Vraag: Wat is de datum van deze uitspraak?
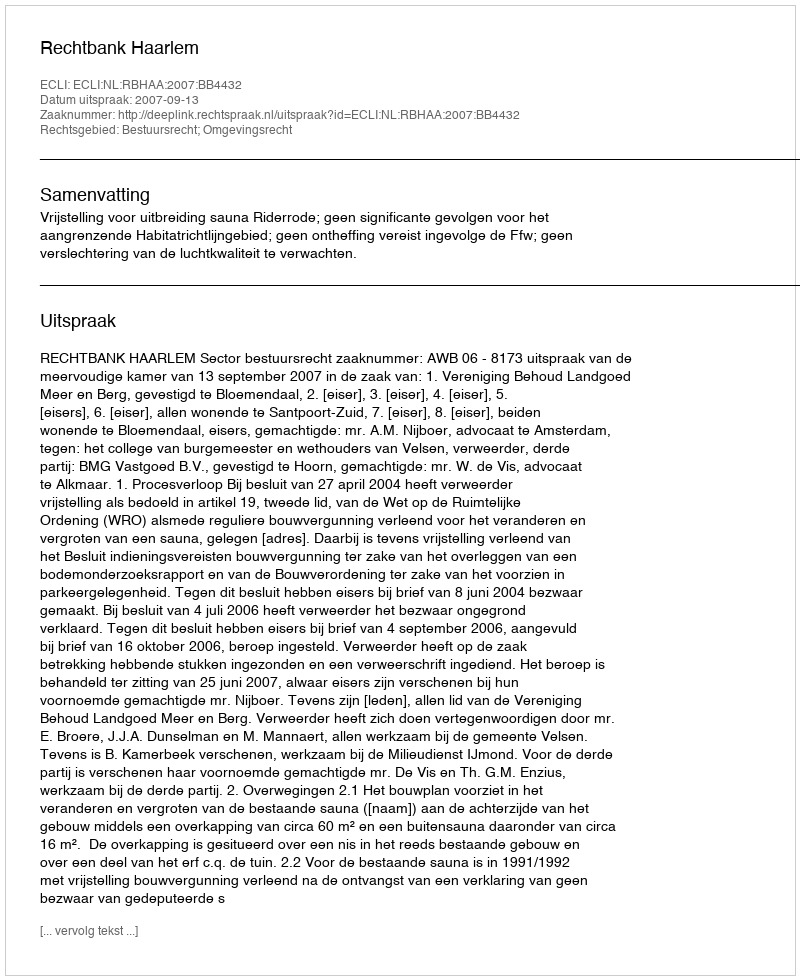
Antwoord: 2007-09-13